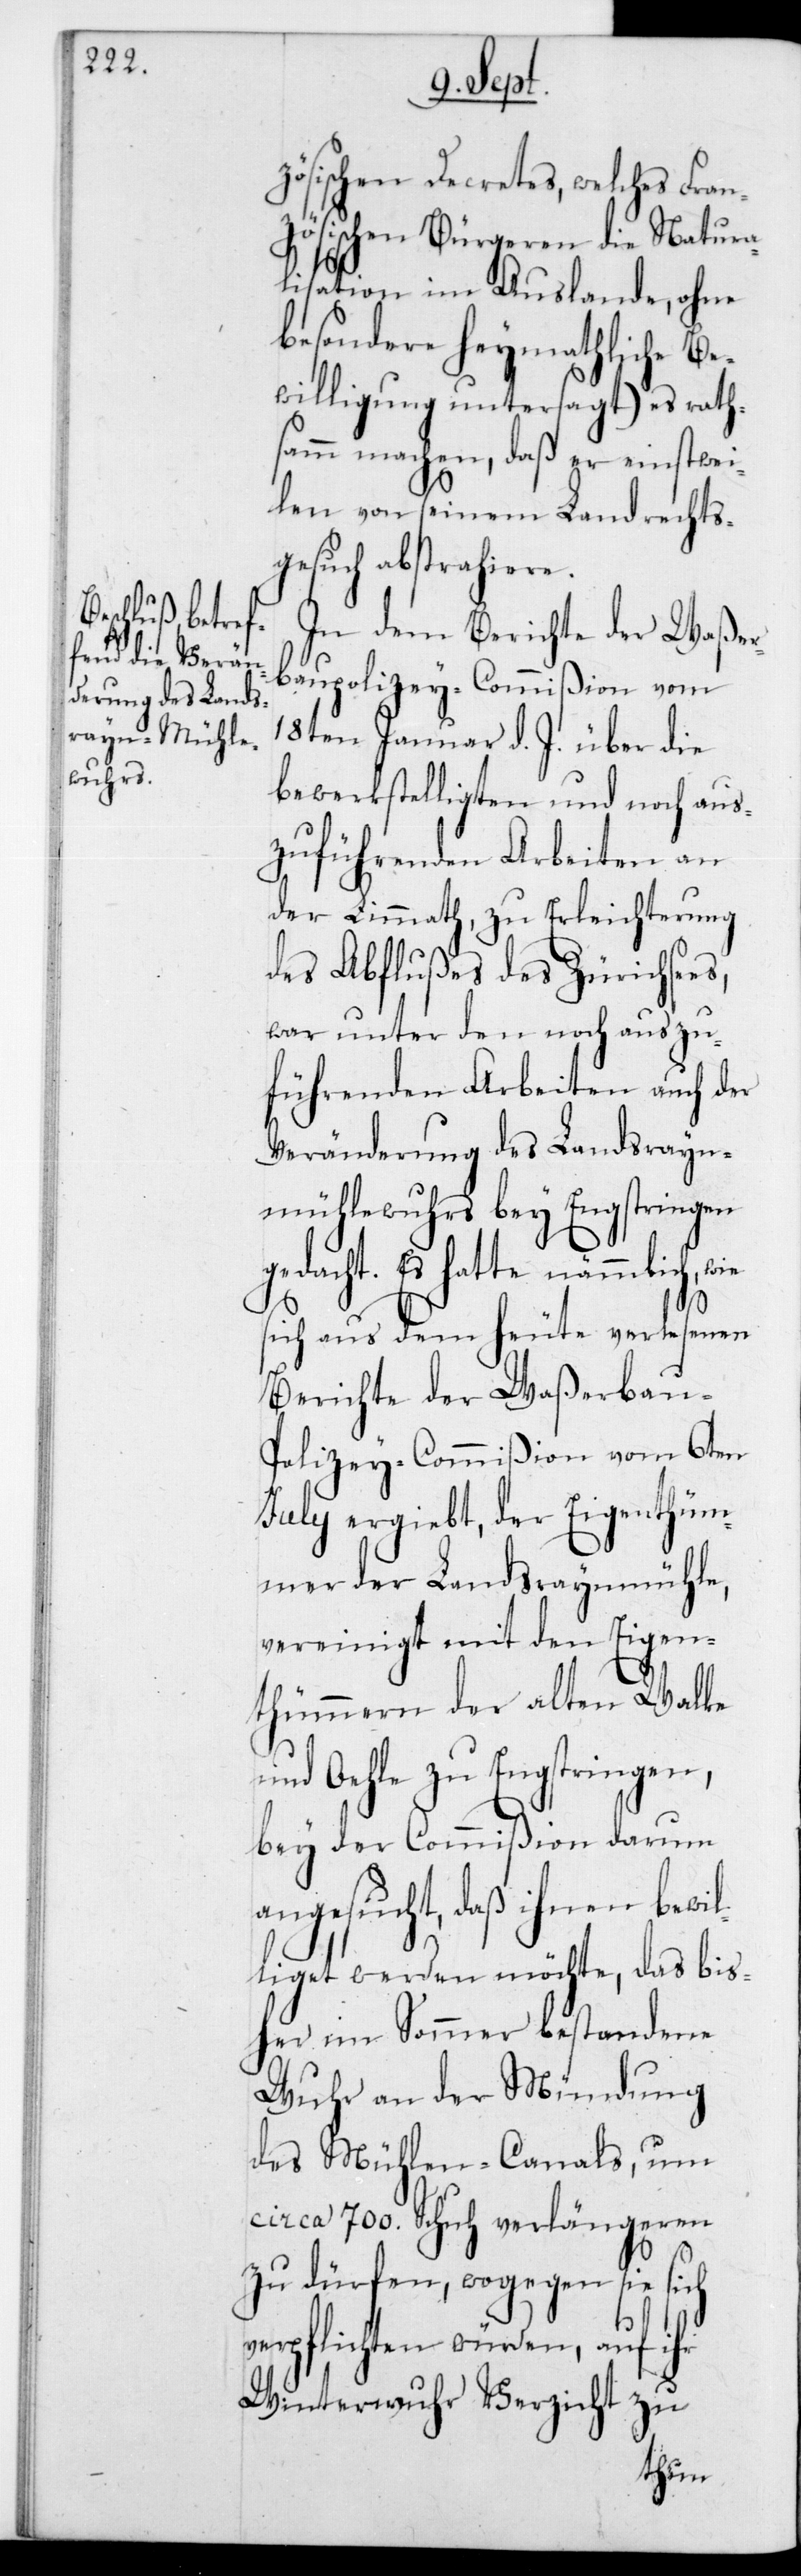
es,

zösischen Decretes, welches Fran¬
zösischen Bürgeren die Natura¬
lisation im Auslande, ohne
besondere Heymathliche Be¬
willigung untersagt) es rath¬
samm machen, daß er einstwei¬
len von seinem Landrechts¬
gesuch abstrahiere.
In dem Berichte der Waßer¬
baupolizey-Commißion vom
18ten Januar d. J. über die
bewerkstelligten und noch aus¬
zuführenden Arbeiten an
der Limmath, zu Erleichterung
des Abflußes des Zürichse¬
war unter den noch auszu¬
führenden Arbeiten auch der
Veränderung des Landsrayn-M¬
ühlewuhrs bey Engstringen
gedacht. Es hatte nämmlich, wie
sich aus dem heute verlesenen
Berichte der Waßerbau-P¬
olizey-Commißion vom 6ten
July ergiebt, der Eigenthüm¬
mer der Landsraynmühle,
vereinigt mit den Eigen¬
thümmeren der alten Walke
und Oehle zu Engstringen,
bey der Commißion darum
angesucht, daß ihnen bewi¬
lliget werden möchte, das bis¬
her im Sommer bestandene
Wuhr an der Mündung
des Mühlen-Canals, um
circa 700 Schuh verlängeren
zu dürfen, wogegen sie sich
verpflichten würden, auf ihr
Winterwuhr Verzicht zu